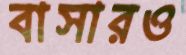
বাসারও